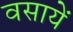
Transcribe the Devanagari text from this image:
वसायें